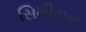
સિમીયન